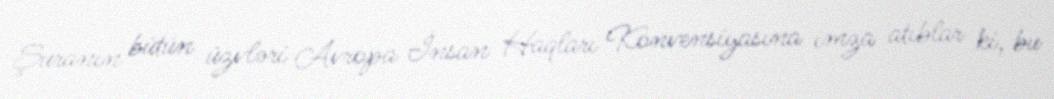
Şuranın bütün üzvləri Avropa İnsan Haqları Konvensiyasına imza atıblar ki, bu